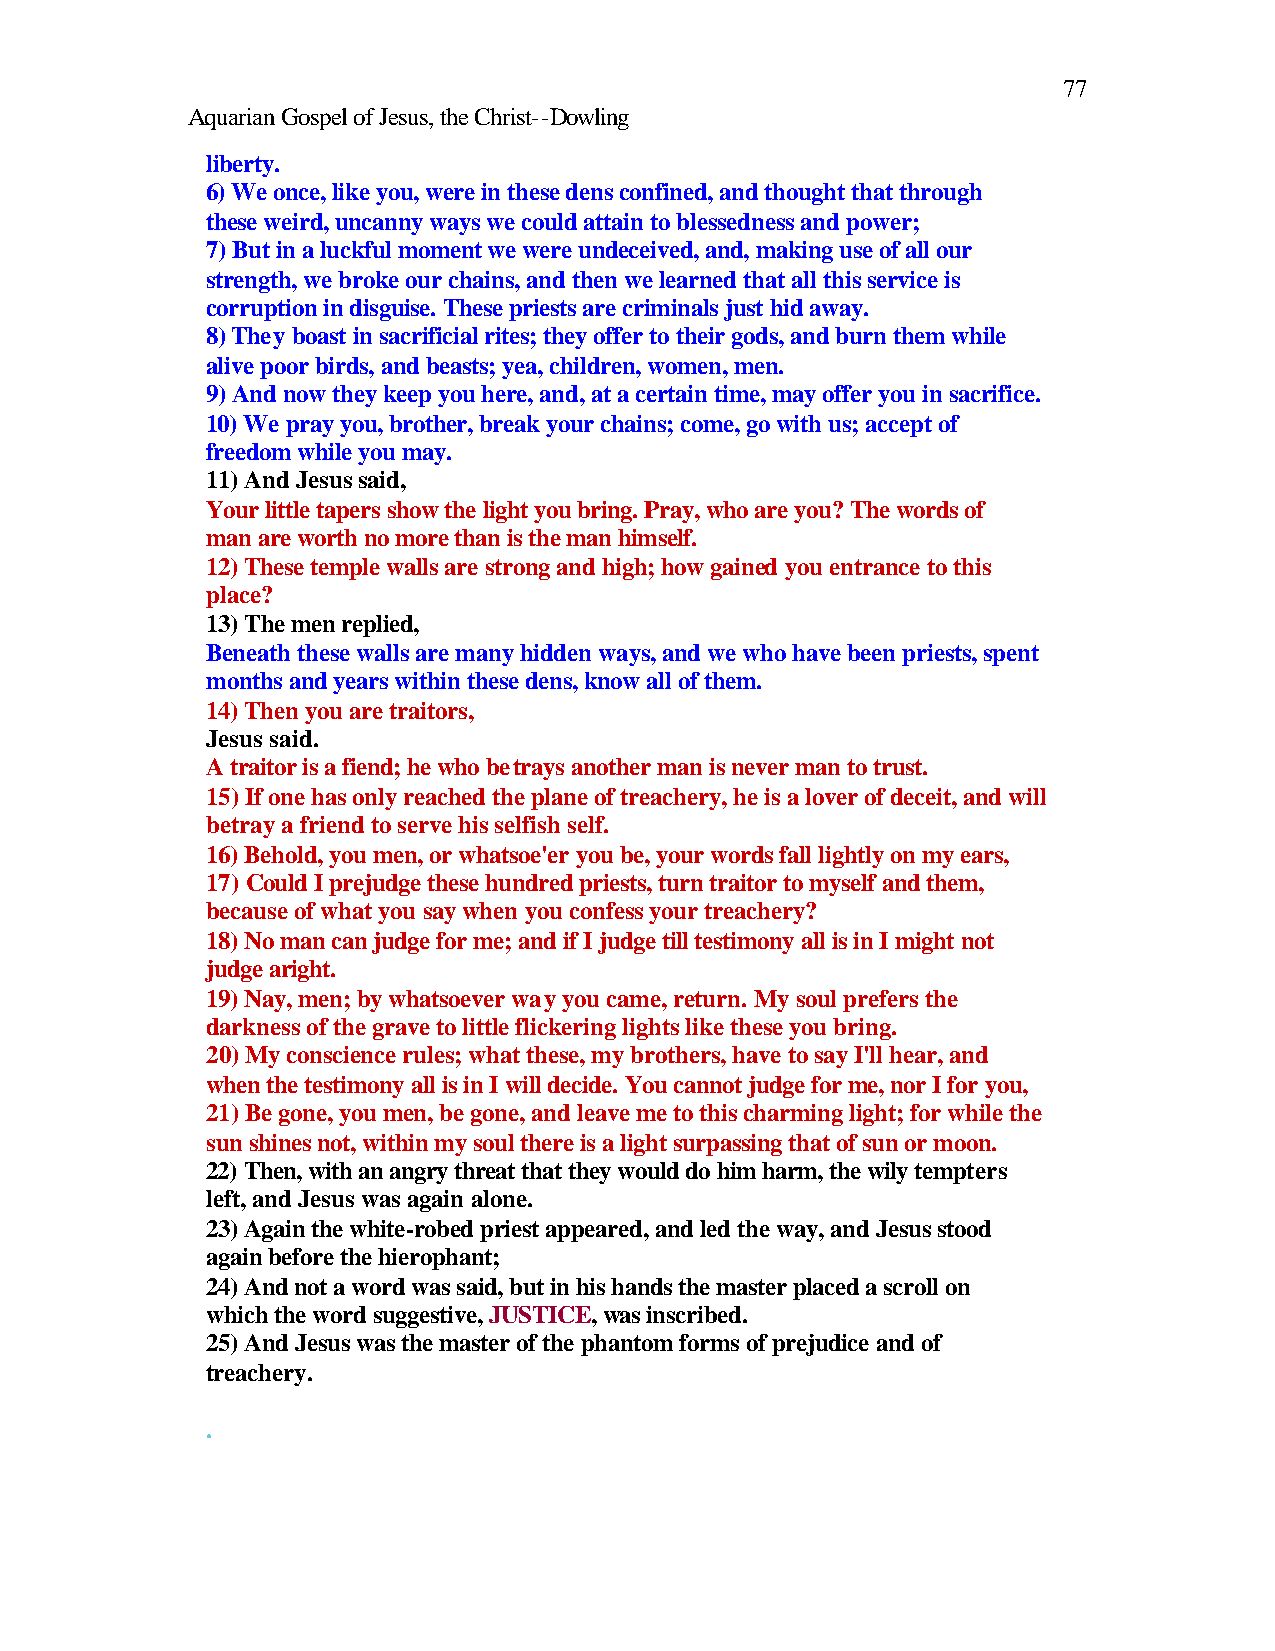
77
 Aquarian Gospel of Jesus, the Christ--Dowling
 liberty.
 6) We once, like you, were in these dens confined, and thought that through
 these weird, uncanny ways we could attain to blessedness and power;
 7) But in a luckful moment we were undeceived, and, making use of all our
 strength, we broke our chains, and then we learned that all this service is
 corruption in disguise. These priests are criminals just hid away.
 8) They boast in sacrificial rites; they offer to their gods, and burn them while
 alive poor birds, and beasts; yea, children, women, men.
 9) And now they keep you here, and, at a certain time, may offer you in sacrifice.
 10) We pray you, brother, break your chains; come, go with us; accept of
 freedom while you may.
 11) And Jesus said,
 Your little tapers show the light you bring. Pray, who are you? The words of
 man are worth no more than is the man himself.
 12) These temple walls are strong and high; how gained you entrance to this
 place?
 13) The men replied,
 Beneath these walls are many hidden ways, and we who have been priests, spent
 months and years within these dens, know all of them.
 14) Then you are traitors,
 Jesus said.
 A traitor is a fiend; he who betrays another man is never man to trust.
 15) If one has only reached the plane of treachery, he is a lover of deceit, and will
 betray a friend to serve his selfish self.
 16) Behold, you men, or whatsoe'er you be, your words fall lightly on my ears,
 17) Could I prejudge these hundred priests, turn traitor to myself and them,
 because of what you say when you confess your treachery?
 18) No man can judge for me; and if I judge till testimony all is in I might not
 judge aright.
 19) Nay, men; by whatsoever way you came, return. My soul prefers the
 darkness of the grave to little flickering lights like these you bring.
 20) My conscience rules; what these, my brothers, have to say I'll hear, and
 when the testimony all is in I will decide. You cannot judge for me, nor I for you,
 21) Be gone, you men, be gone, and leave me to this charming light; for while the
 sun shines not, within my soul there is a light surpassing that of sun or moon.
 22) Then, with an angry threat that they would do him harm, the wily tempters
 left, and Jesus was again alone.
 23) Again the white-robed priest appeared, and led the way, and Jesus stood
 again before the hierophant;
 24) And not a word was said, but in his hands the master placed a scroll on
 which the word suggestive, JUSTICE, was inscribed.
 25) And Jesus was the master of the phantom forms of prejudice and of
 treachery.
 .